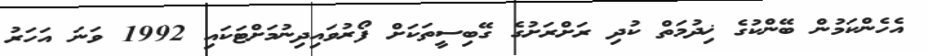
އެހެންކަމުން ބޭންކުގެ ޚިދުމަތް ކުދި ރަށްރަށުގެ ގޭބިސީތަކަށް ފޯރުވައިދިނުމަށްޓަކައި 1992 ވަނަ އަހަރު